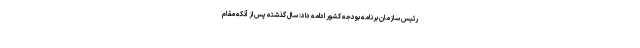
رئیس سازمان برنامه بودجه کشور ادامه داد: سال گذشته پس از آنکه مقام